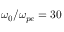
\omega _ { 0 } / \omega _ { p e } = 3 0